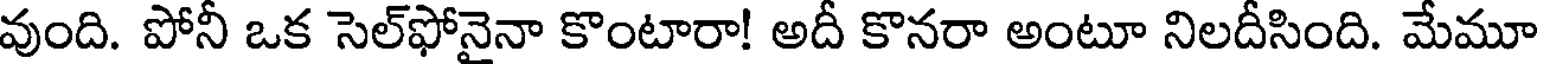
వుంది. పోనీ ఒక సెల్ఫోనైనా కొంటారా! అదీ కొనరా అంటూ నిలదీసింది. మేమూ